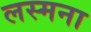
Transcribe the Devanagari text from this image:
लस्मना